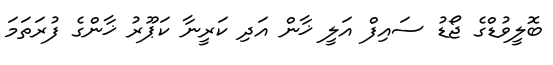
ބޮލީވުޑްގެ ޖޯޑު ސައިފް އަލީ ޚާން އަދި ކަރީނާ ކަޕޫރު ޚާންގެ ފުރަތަމަ